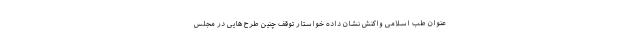
عنوان طب اسلامی واکنش نشان داده خواستار توقف چنین طرح هایی در مجلس